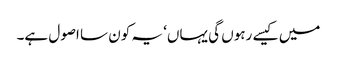
میں کیسے رہوں گی یہاں‘ یہ کون سا اصول ہے۔